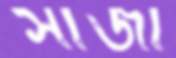
সাজা